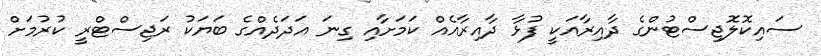
ސައިކޮލޮޖިސްޓުންގެ ދާއިރާއަކީ ފުޅާ ދާއިރާއެއް ކަމަށާއި ގިނަ އަދަދެއްގެ ބަޔަކު ރަޖިސްޓްރީ ކުރުމަށް